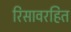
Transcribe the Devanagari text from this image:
रिसावरहित